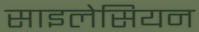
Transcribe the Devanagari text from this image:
साइलेसियन